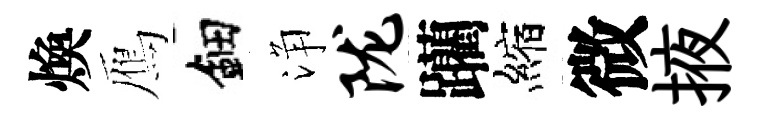
煥鴈鈿浄陇躪縮微掖